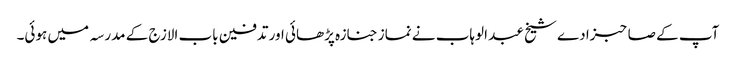
آپ کے صاحبزادے شیخ عبد الوہاب نے نماز جنازہ پڑھائی اور تدفین باب الازج کے مدرسہ میں ہوئی۔